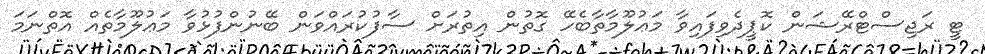
ޓީ ރަޖިސްޓްރޭޝަން ކޮޕީދެވިފައިވާ މަޢުލޫމާތާބެހޭ ގޮތުން އިތުރަށް ސާފުކުރައްވަން ބޭނުންފުޅުވާ މަޢުލޫމާތެއް އޮތްނަމަ